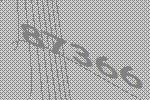
87366